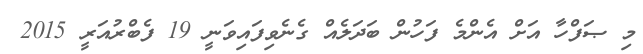
މި ޞަފްހާ އަށް އެންމެ ފަހުން ބަދަލެއް ގެނެވިފައިވަނީ 19 ފެބްރުއަރީ 2015